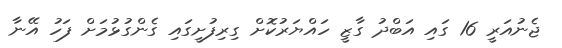
ޖެނުއަރީ 16 ގައި އަބްދު ގާޒީ ހައްޔަރުކޮށް ގިރިފުށީގައި ގެންގުޅުމަށް ފަހު އޭނާ